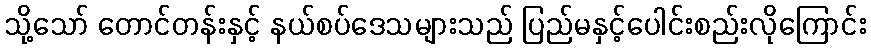
သို့သော် တောင်တန်းနှင့် နယ်စပ်ဒေသများသည် ပြည်မနှင့်ပေါင်းစည်းလိုကြောင်း